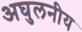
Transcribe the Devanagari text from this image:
अघुलनीय